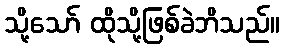
သို့သော် ထိုသို့ဖြစ်ခဲဘိသည်။